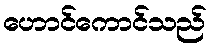
ဟောင်ကောင်သည်